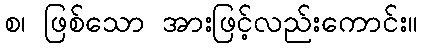
စ၊ ဖြစ်သော အားဖြင့်လည်းကောင်း။